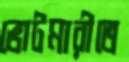
ভোটমারীতে